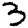
Digit: 3